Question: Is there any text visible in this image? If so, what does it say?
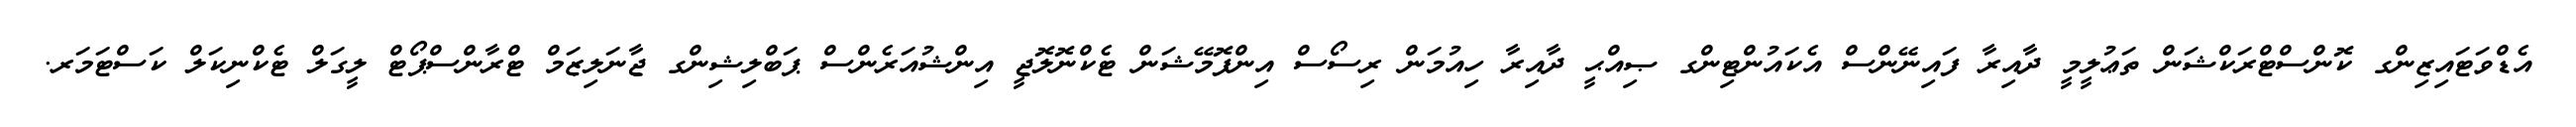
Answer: އެޑްވަޓައިޒިންގ ކޮންސްޓްރަކްޝަން ތަޢުލީމީ ދާއިރާ ފައިނޭންސް އެކައުންޓިންގ ޞިއްޙީ ދާއިރާ ހިއުމަން ރިސޯސް އިންފޮމޭޝަން ޓެކްނޮލޮޖީ އިންޝުއަރެންސް ޕަބްލިޝިންގ ޖާނަލިޒަމް ޓްރާންސްޕޯޓް ލީގަލް ޓެކްނިކަލް ކަސްޓަމަރ.